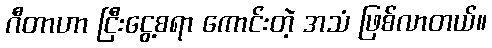
ဂီတာဟာ ငြီးငွေ့စရာ ကောင်းတဲ့ အသံ ဖြစ်လာတယ်။